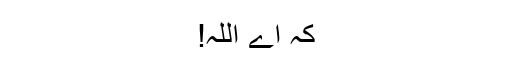
کہ اے اللہ!